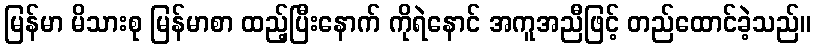
မြန်မာ မိသားစု မြန်မာစာ ထည့်ပြီးနောက် ကိုရဲနောင် အကူအညီဖြင့် တည်ထောင်ခဲ့သည်။